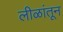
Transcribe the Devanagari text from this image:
लीळांतून